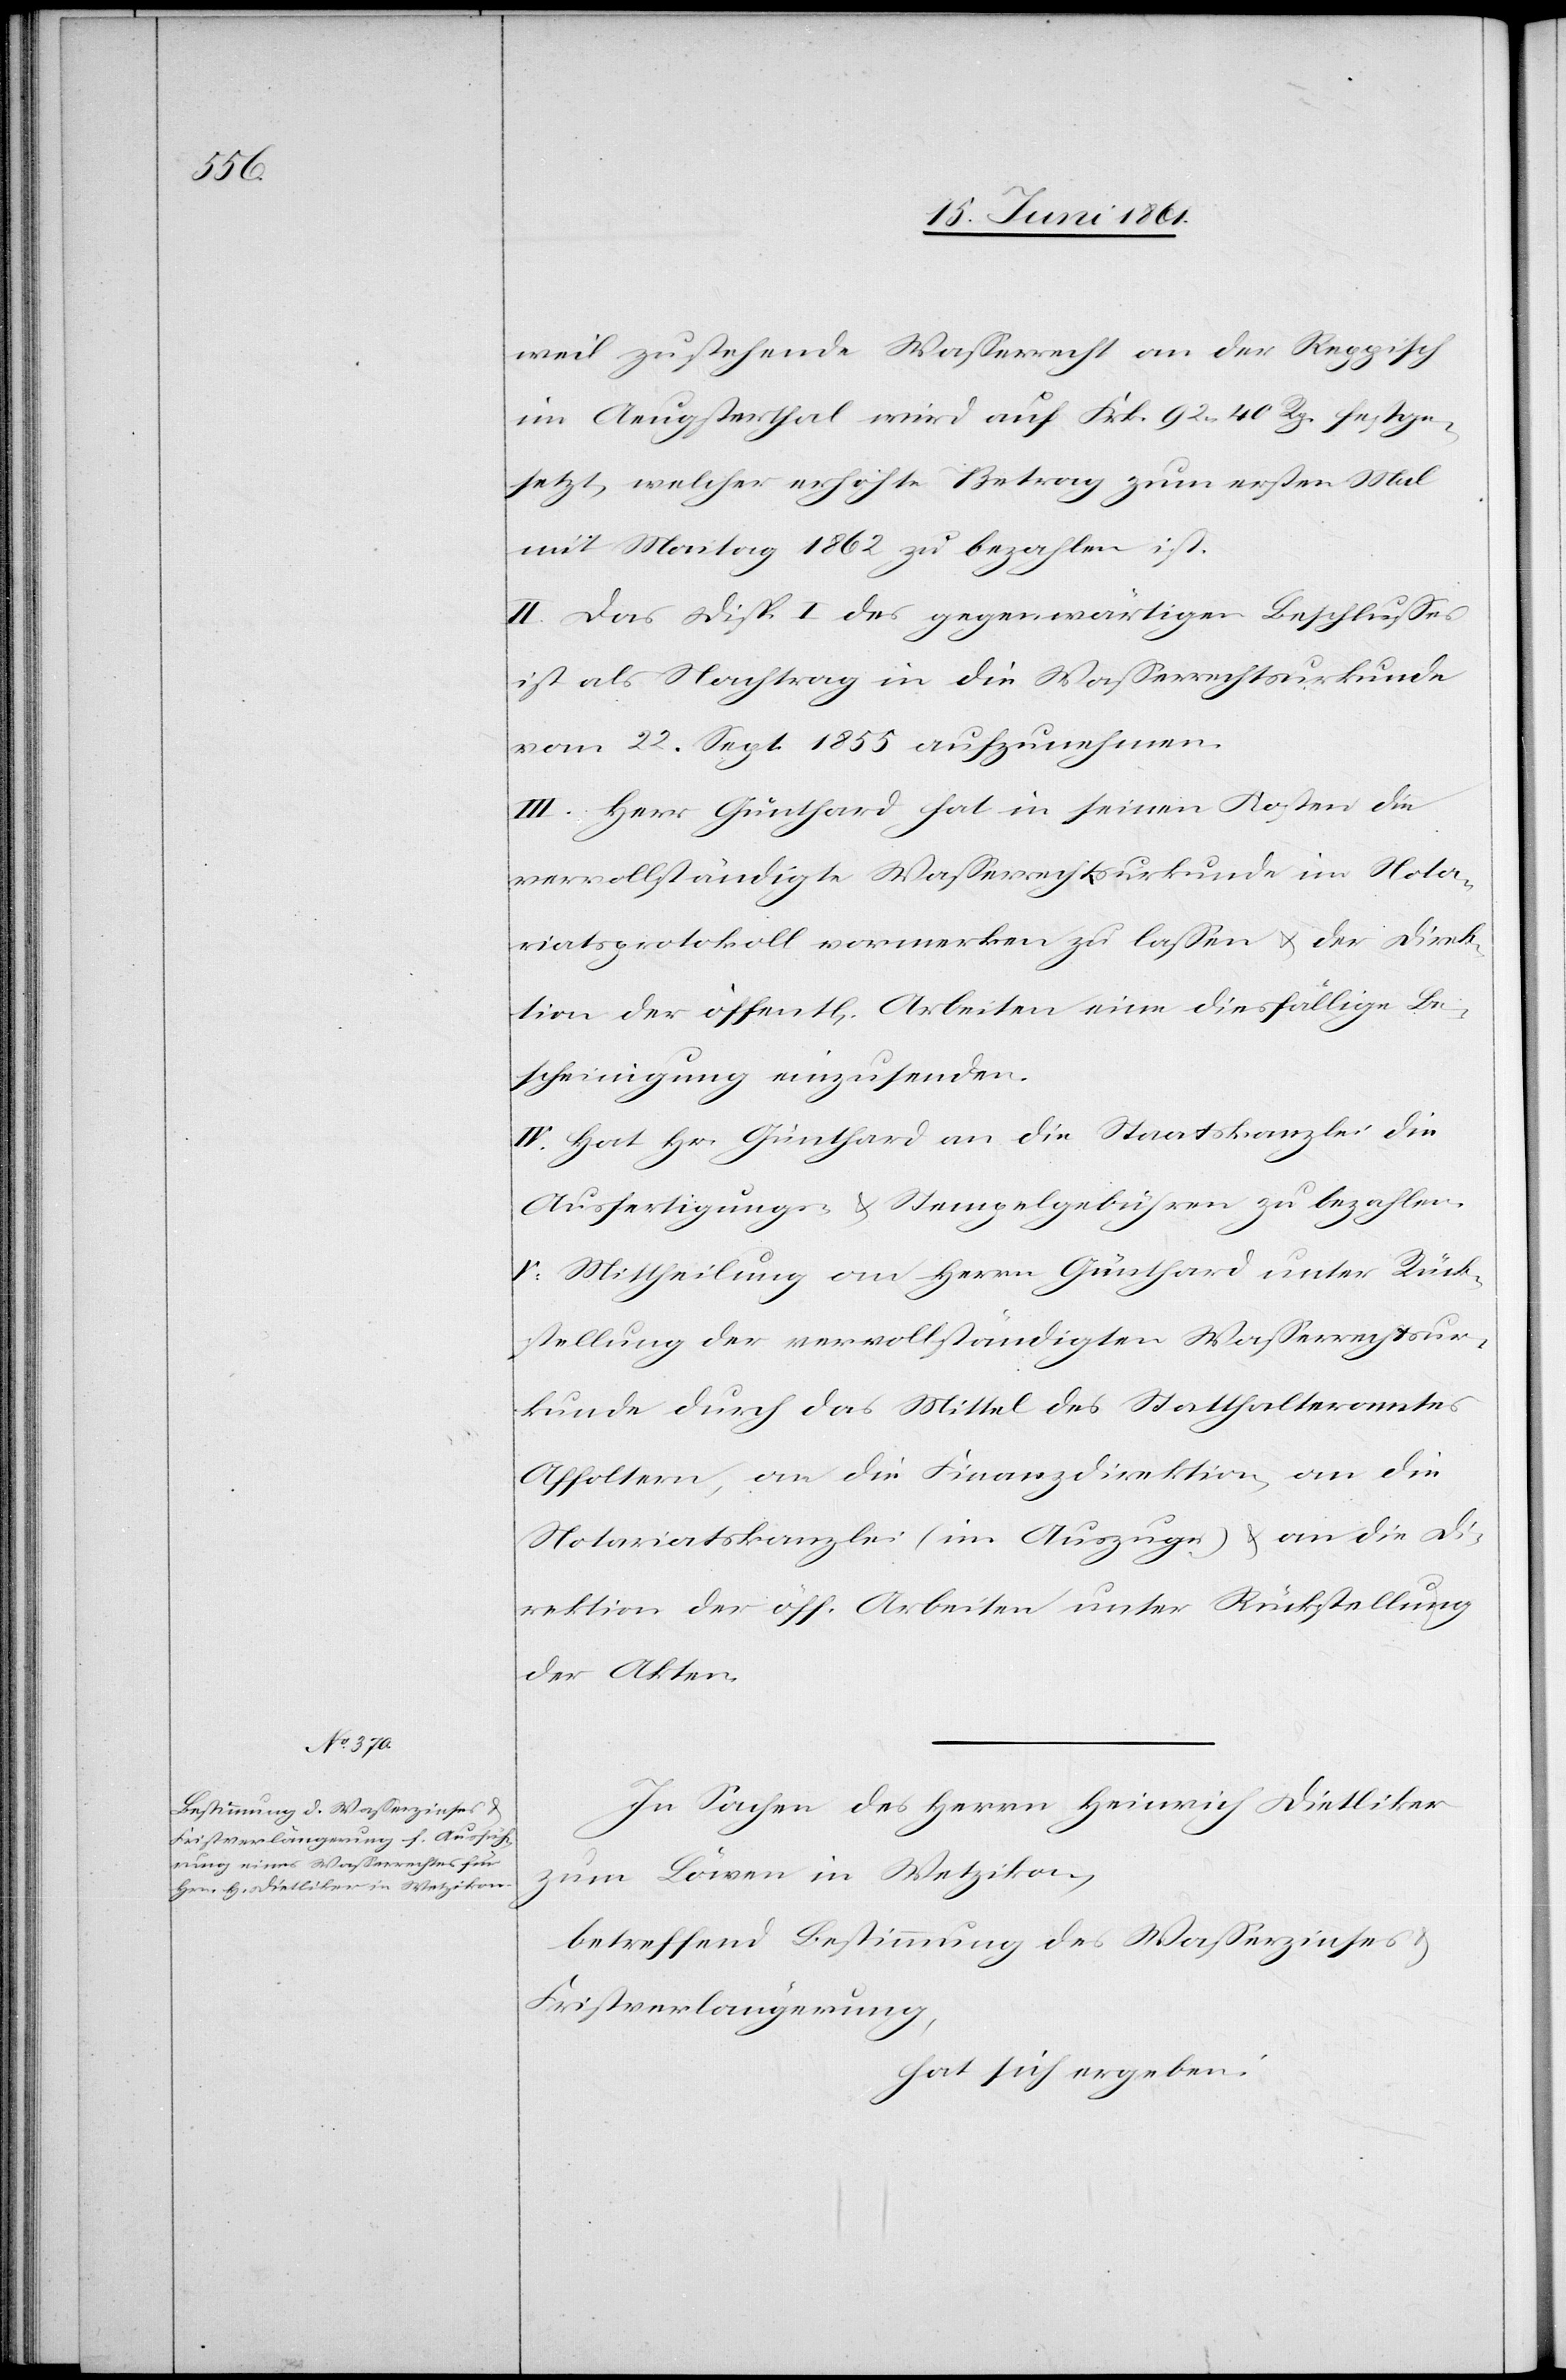
weil zustehende Wasserrecht an der Reppisch
im Aeugsterthal wird auf Frk. 92 30 Rp. festge¬
setzt, welcher erhöhte Betrag zum ersten Mal
mit Maitag 1862 zu bezahlen ist.
II. Das Disp. I des gegenwärtigen Beschlusses
ist als Nachtrag in die Wasserrechtsurkunde
vom 22. Sept. 1855 aufzunehmen.
III. Herr Günthard hat in seinen Kosten die
vervollständigte Wasserrechturkunde im Nota¬
riatsprotokoll vormerken zu lassen u. der Direk¬
tion der öffent[lichen] Arbeiten eine diesfällige Be¬
scheinigung einzusenden.
IV. Hat Hr. Günthard an die Staatskanzlei die
Ausfertigungs- u. Stempelgebühren zu bezahlen.
V. Mittheilung an Herrn Günthard unter Rück¬
stellung der vervollständigten Wasserrechtsur¬
kunde durch das Mittel des Statthalteramtes
Affoltern, an die Finanzdirektion, an die
Notariatskanzlei (im Auszuge) u. an die Di¬
rektion der öff. Arbeiten unter Rückstellung
der Akten.
In Sachen des Herrn Heinrich Dietliker
zum Löwen in Wetzikon,
betreffend Bestimmung des Wasserzinses u.
Fristverlängerung,
hat sich ergeben: